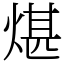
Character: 煁